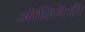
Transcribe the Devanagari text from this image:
ओलियेसी